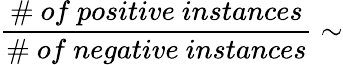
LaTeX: \frac{\# ~of~positive~instances}{\# ~of~negative~instances}\sim